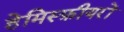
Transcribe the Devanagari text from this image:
हेमिस्फ़ीयरों